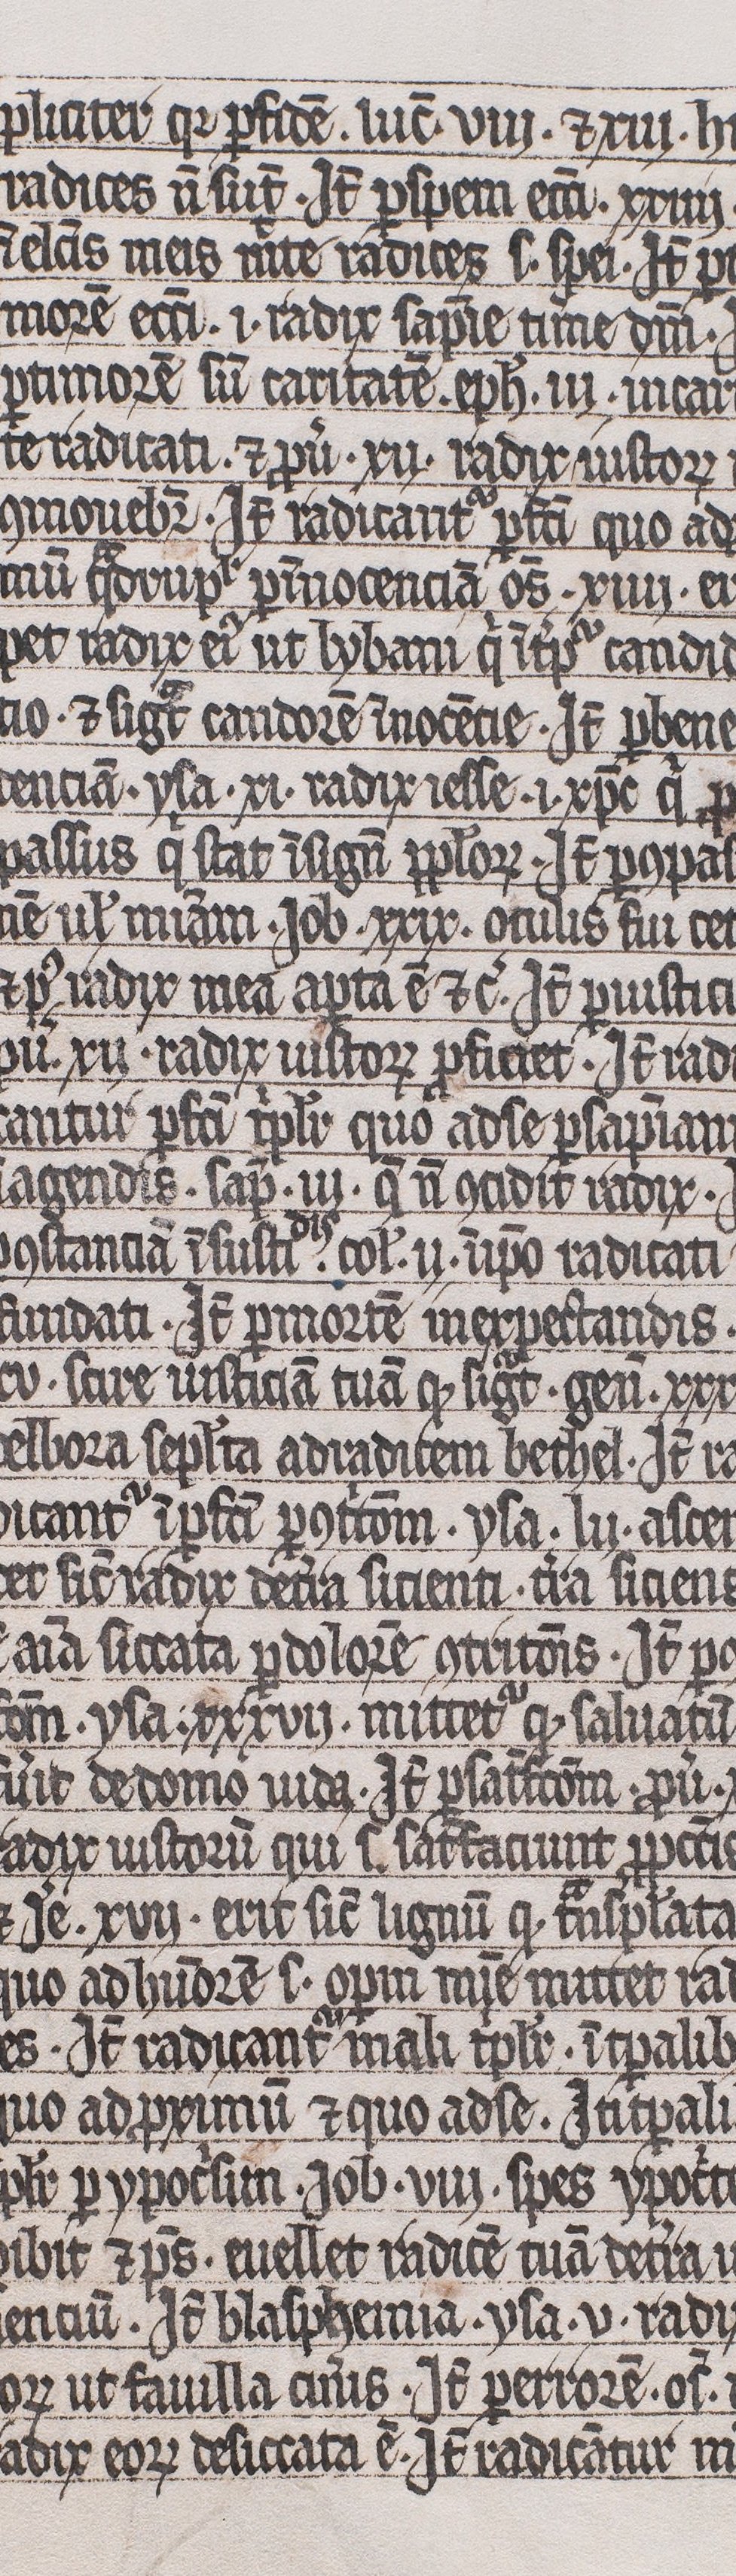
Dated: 1300–1399